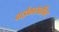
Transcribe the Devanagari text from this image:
बाईकारबोनिट